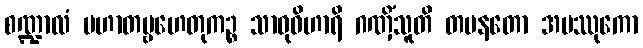
စဏ္ဍာလံ ပဟာတဗ္ဗဟေတုကဉ္စ သာဓုဝိဟာရိ ဂဏှိံသူတိ တပနတော အမဿုကော